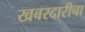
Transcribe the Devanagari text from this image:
खबरदारीचा